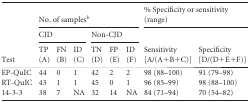
<table><thead><tr><td rowspan="3"><b>Test</b></td><td colspan="6"><b>No. of samples<sup><i>b</i></sup></b></td><td colspan="2"><b>% Specificity or sensitivity (range)</b></td></tr><tr><td colspan="3"><b>CJD</b></td><td colspan="3"><b>Non-CJD</b></td><td rowspan="2"><b>Sensitivity [A/(A+B+C)]</b></td><td rowspan="2"><b>Specificity [D/(D+E+F)]</b></td></tr><tr><td><b>TP (A)</b></td><td><b>FN (B)</b></td><td><b>ID (C)</b></td><td><b>TN (D)</b></td><td><b>FP (E)</b></td><td><b>ID (F)</b></td></tr></thead><tbody><tr><td>EP-QuIC</td><td>44</td><td>0</td><td>1</td><td>42</td><td>2</td><td>2</td><td>98 (88–100)</td><td>91 (79–98)</td></tr><tr><td>RT-QuIC</td><td>43</td><td>1</td><td>1</td><td>45</td><td>0</td><td>1</td><td>96 (85–99)</td><td>98 (88–100)</td></tr><tr><td>14-3-3</td><td>38</td><td>7</td><td>NA</td><td>32</td><td>14</td><td>NA</td><td>84 (71–94)</td><td>70 (54–82)</td></tr></tbody></table>